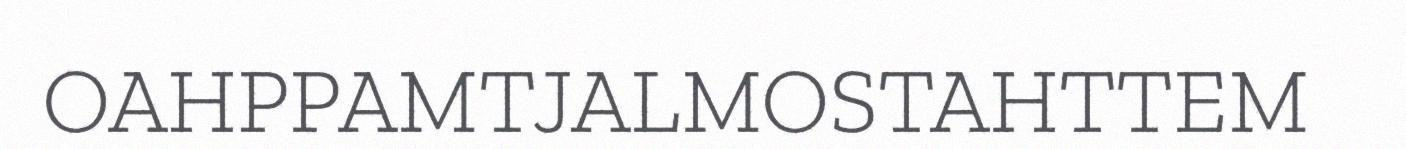
OAHPPAMTJALMOSTAHTTEM